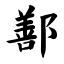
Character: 鄯